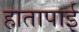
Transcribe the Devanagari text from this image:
हातापाई